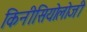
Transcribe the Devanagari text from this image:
किनीसियोलोजी